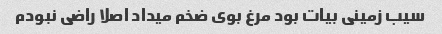
سیب زمینی بیات بود مرغ بوی ضخم میداد اصلا راضی نبودم